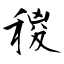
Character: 稯